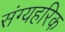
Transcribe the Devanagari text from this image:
संग्यहरिक